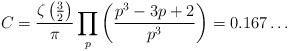
\begin{align*}C=\dfrac{\zeta\left(\frac{3}{2}\right)}{\pi}\prod_{p}\bigg(\frac{p^3-3p+2}{p^3}\bigg)=0.167\ldots\end{align*}